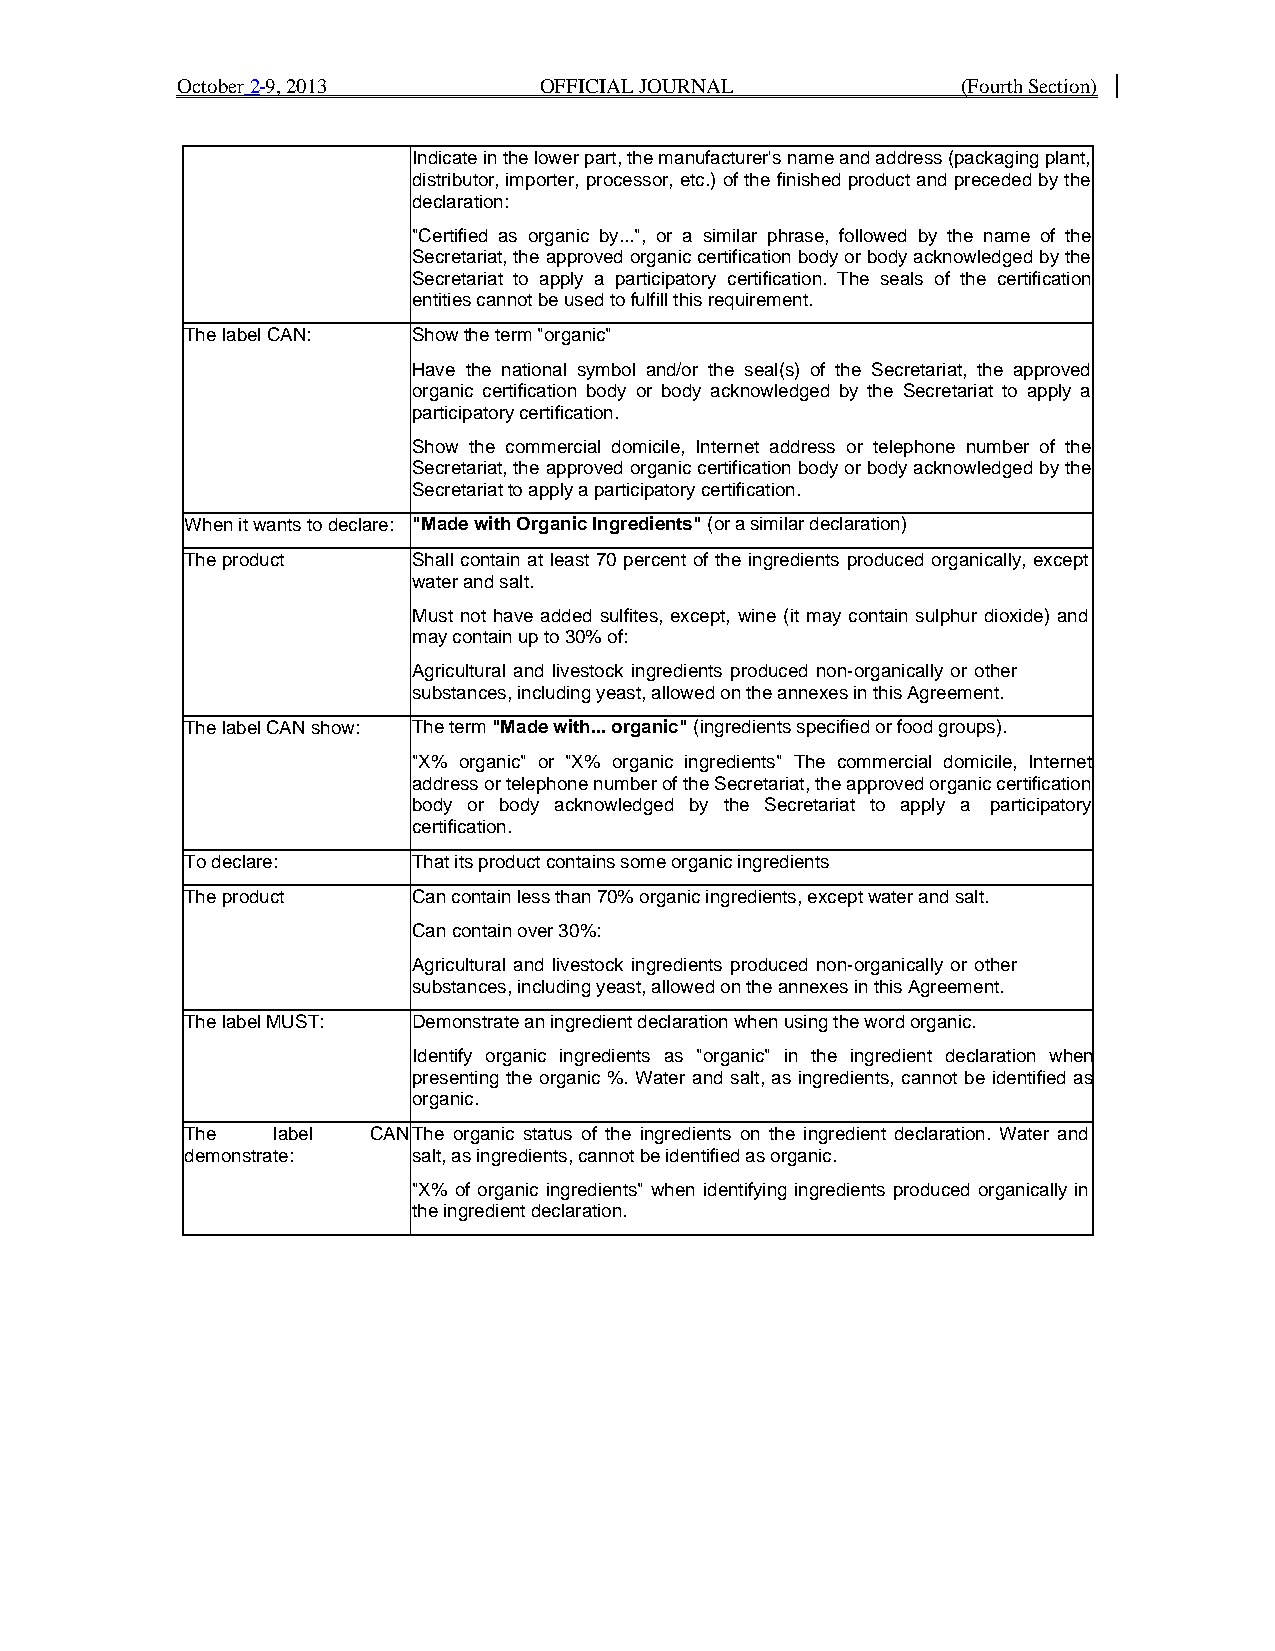
October 2 9, 2013       OFFICIAL JOURNAL            (Fourth Section)
 Indicate in the lower part, the manufacturer's name and address (packaging plant,
 distributor, importer, processor, etc.) of the finished product and preceded by the
 declaration:
 "Certified as organic by...", or a similar phrase, followed by the name of the
 Secretariat, the approved organic certification body or body acknowledged by the
 Secretariat to apply a participatory certification. The seals of the certification
 entities cannot be used to fulfill this requirement.
 The label CAN: Show the term "organic"
 Have the national symbol and/or the seal(s) of the Secretariat, the approved
 organic certification body or body acknowledged by the Secretariat to apply a
 participatory certification.
 Show the commercial domicile, Internet address or telephone number of the
 Secretariat, the approved organic certification body or body acknowledged by the
 Secretariat to apply a participatory certification.
 When it wants to declare: "Made with Organic Ingredients" (or a similar declaration)
 The product    Shall contain at least 70 percent of the ingredients produced organically, except
 water and salt.
 Must not have added sulfites, except, wine (it may contain sulphur dioxide) and
 may contain up to 30% of:
 Agricultural and livestock ingredients produced non-organically or other
 substances, including yeast, allowed on the annexes in this Agreement.
 The label CAN show: The term "Made with... organic" (ingredients specified or food groups).
 "X% organic" or "X% organic ingredients" The commercial domicile, Internet
 address or telephone number of the Secretariat, the approved organic certification
 body or body acknowledged by the Secretariat to apply a participatory
 certification.
 To declare:    That its product contains some organic ingredients
 The product    Can contain less than 70% organic ingredients, except water and salt.
 Can contain over 30%:
 Agricultural and livestock ingredients produced non-organically or other
 substances, including yeast, allowed on the annexes in this Agreement.
 The label MUST: Demonstrate an ingredient declaration when using the word organic.
 Identify organic ingredients as "organic" in the ingredient declaration when
 presenting the organic %. Water and salt, as ingredients, cannot be identified as
 organic.
 The   label CAN The organic status of the ingredients on the ingredient declaration. Water and
 demonstrate:   salt, as ingredients, cannot be identified as organic.
 "X% of organic ingredients" when identifying ingredients produced organically in
 the ingredient declaration.